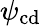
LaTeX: \psi_{\mathrm{cd}}